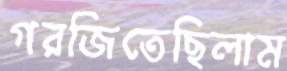
গরজিতেছিলাম